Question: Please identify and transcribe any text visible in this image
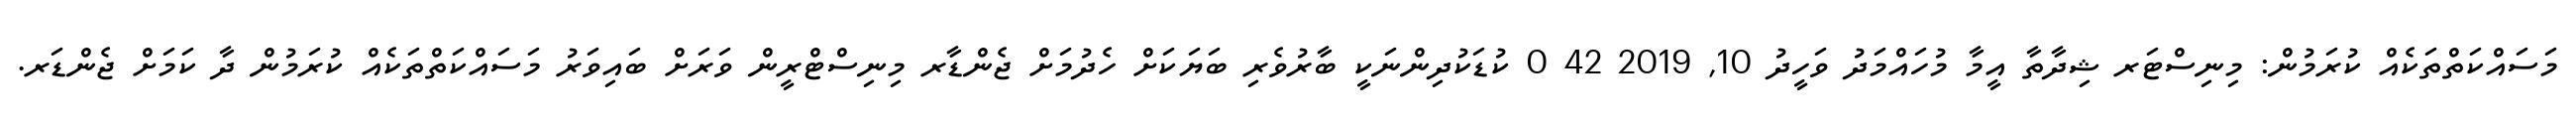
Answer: މަސައްކަތްތަކެއް ކުރަމުން: މިނިސްޓަރ ޝިދާތާ އީމާ މުހައްމަދު ވަހީދު 10, 2019 42 0 ކުޑަކުދިންނަކީ ބާރުވެރި ބަޔަކަށް ހެދުމަށް ޖެންޑާރ މިނިސްޓްރީން ވަރަށް ބައިވަރު މަސައްކަތްތަކެއް ކުރަމުން ދާ ކަމަށް ޖެންޑަރ.